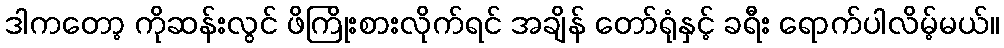
ဒါကတော့ ကိုဆန်းလွင် ဖိကြိုးစားလိုက်ရင် အချိန် တော်ရုံနှင့် ခရီး ရောက်ပါလိမ့်မယ်။